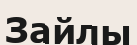
Зайлы